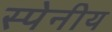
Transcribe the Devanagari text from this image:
स्पेनीय